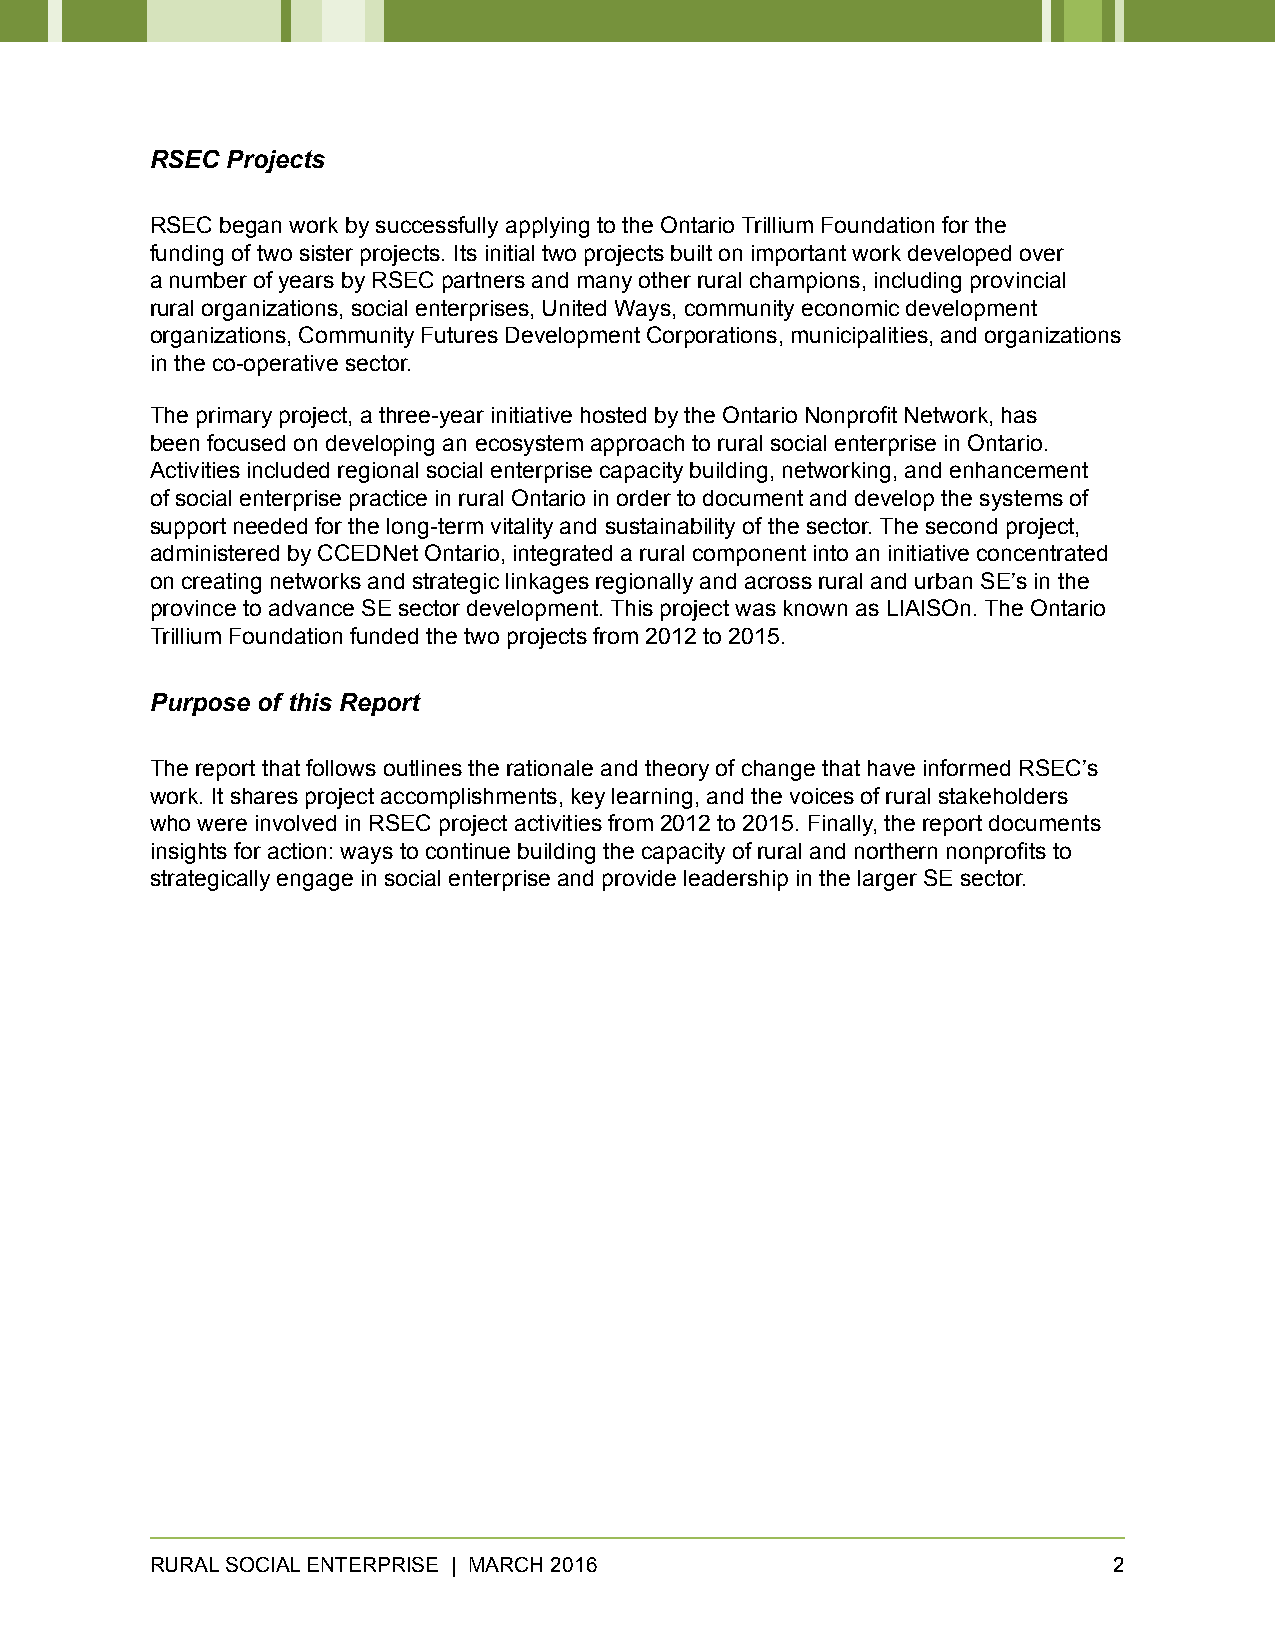
RSEC Projects
 RSEC began work by successfully applying to the Ontario Trillium Foundation for the
 funding of two sister projects. Its initial two projects built on important work developed over
 a number of years by RSEC partners and many other rural champions, including provincial
 rural organizations, social enterprises, United Ways, community economic development
 organizations, Community Futures Development Corporations, municipalities, and organizations
 in the co-operative sector.
 The primary project, a three-year initiative hosted by the Ontario Nonprofit Network, has
 been focused on developing an ecosystem approach to rural social enterprise in Ontario.
 Activities included regional social enterprise capacity building, networking, and enhancement
 of social enterprise practice in rural Ontario in order to document and develop the systems of
 support needed for the long-term vitality and sustainability of the sector. The second project,
 administered by CCEDNet Ontario, integrated a rural component into an initiative concentrated
 on creating networks and strategic linkages regionally and across rural and urban SE’s in the
 province to advance SE sector development. This project was known as LIAISOn. The Ontario
 Trillium Foundation funded the two projects from 2012 to 2015.
 Purpose of this Report
 The report that follows outlines the rationale and theory of change that have informed RSEC’s
 work. It shares project accomplishments, key learning, and the voices of rural stakeholders
 who were involved in RSEC project activities from 2012 to 2015. Finally, the report documents
 insights for action: ways to continue building the capacity of rural and northern nonprofits to
 strategically engage in social enterprise and provide leadership in the larger SE sector.
 RURAL SOCIAL ENTERPRISE | MARCH 2016                            2